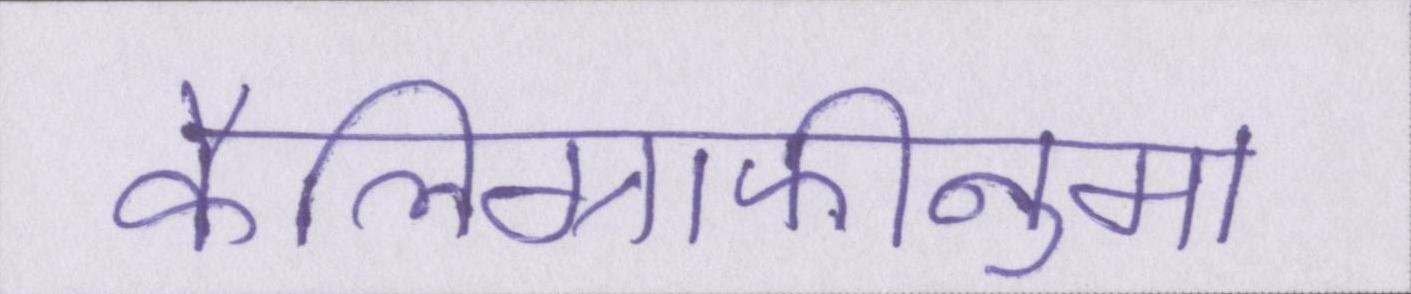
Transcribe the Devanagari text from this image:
कैलिग्राफीनुमा